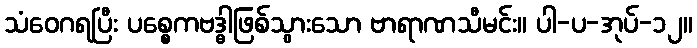
သံဝေဂရပြီး ပစ္စေကဗဒ္ဓါဖြစ်သွားသော ဗာရာဏသီမင်း။ ပါ-ပ-အုပ်-၁၂။